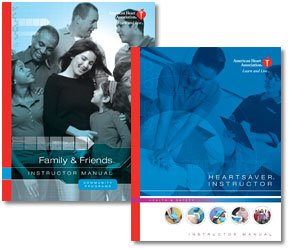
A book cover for Heartsaver(R) And Family & Friends(TM) Instructor's Manual Set; American Heart Association; Health, Fitness & Dieting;